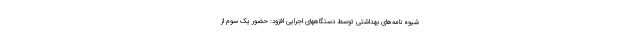
شیوه نامه‌های بهداشتی توسط دستگاههای اجرایی افزود: حضور یک سوم از